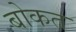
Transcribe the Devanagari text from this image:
बोकत